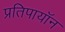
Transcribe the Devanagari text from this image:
प्रतिपायॉन